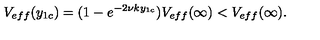
V _ { e f f } ( y _ { 1 c } ) = ( 1 - e ^ { - 2 \nu k y _ { 1 c } } ) V _ { e f f } ( \infty ) < V _ { e f f } ( \infty ) .